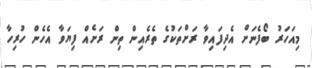
މިއަހަރު ބޯފެނަށް އެދިފައިވާ ރަށްތަކުގެ ތެރެއިން ތިން ރަށެއް ފިޔަވާ އެހެން ހުރިހާ